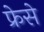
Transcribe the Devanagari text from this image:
फ्रेसे